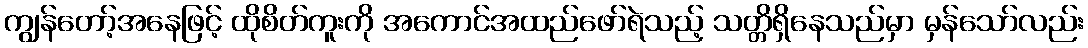
ကျွန်တော့်အနေဖြင့် ထိုစိတ်ကူးကို အကောင်အထည်ဖော်ရဲသည့် သတ္တိရှိနေသည်မှာ မှန်သော်လည်း